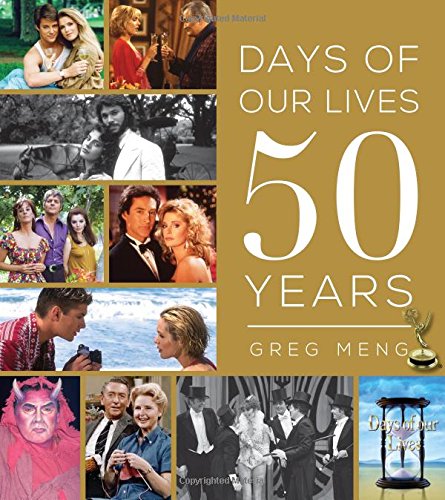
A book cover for Days of our Lives 50 Years; Greg Meng; Humor & Entertainment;